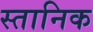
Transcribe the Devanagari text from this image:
स्तानिक